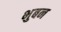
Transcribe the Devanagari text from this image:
भुबन